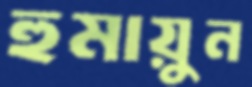
হুমায়ুন